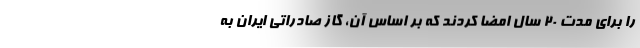
را برای مدت ۲۰ سال امضا کردند که بر اساس آن، گاز صادراتی ایران به